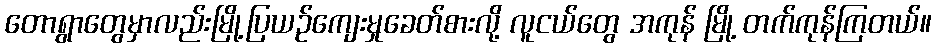
တောရွာတွေမှာလည်းမြို့ပြယဉ်ကျေးမှုခေတ်စားလို့ လူငယ်တွေ အကုန် မြို့ တက်ကုန်ကြတယ်။